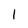
Character: 1